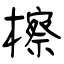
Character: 檫